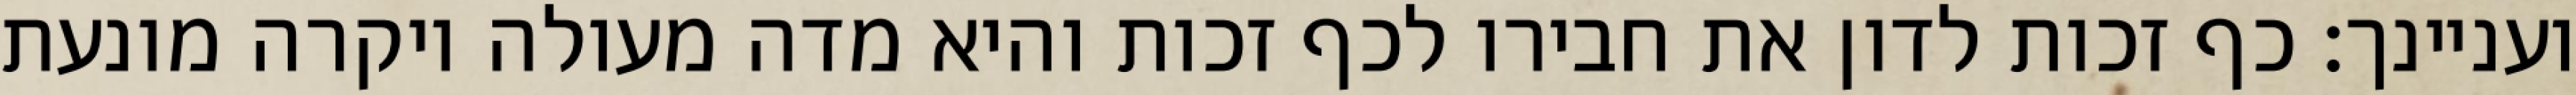
ועניינך: כף זכות לדון את חבירו לכף זכות והיא מדה מעולה ויקרה מונעת